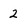
Character: 2